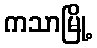
ကသာမြို့